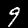
Digit: 9